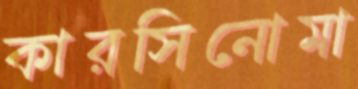
কারসিনোমা